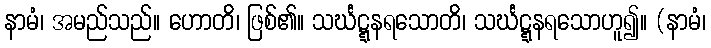
နာမံ၊ အမည်သည်။ ဟောတိ၊ ဖြစ်၏။ သင်္ဃဋ္ဋနရသောတိ၊ သင်္ဃဋ္ဋနရသောဟူ၍။ (နာမံ၊